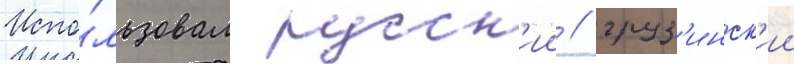
Испо́льзовал русск'ии / груз'инск'ии